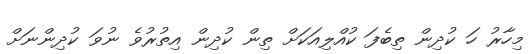
މިހާރު ހަ ކުދިން ތިބެފަ ކުއްލިއަކަށް ތިން ކުދިން އިތުރުވެ ނުވަ ކުދިންނަށް